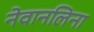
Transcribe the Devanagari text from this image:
नेवानलिना